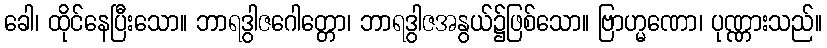
ခေါ၊ ထိုင်နေပြီးသော။ ဘာရဒွါဇဂေါတ္တော၊ ဘာရဒွါဇအနွယ်၌ဖြစ်သော။ ဗြာဟ္မဏော၊ ပုဏ္ဏားသည်။